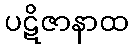
ပဋိဇာနာထ